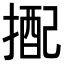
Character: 𢲭